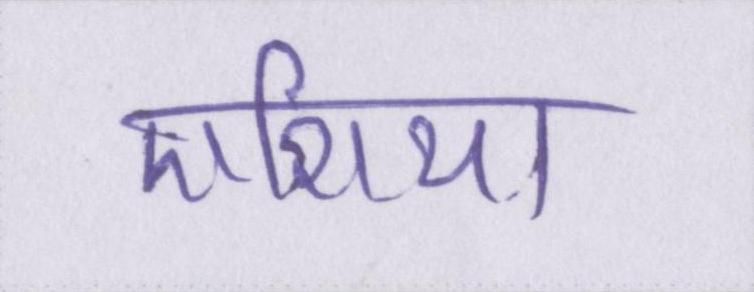
एशिया